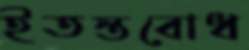
ইতস্তবোধ